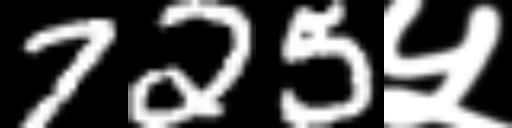
Text: 725५